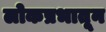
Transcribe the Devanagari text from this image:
लोकप्रभातून